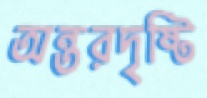
অন্তরদৃষ্টি